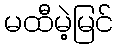
မထီမဲ့မြင်